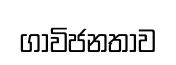
ගාවිජනතාව